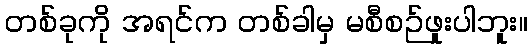
တစ်ခုကို အရင်က တစ်ခါမှ မစီစဉ်ဖူးပါဘူး။